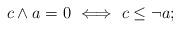
LaTeX: \begin{align*}c \land a = 0 \, \, \Longleftrightarrow \, \, c \leq \lnot a;\end{align*}